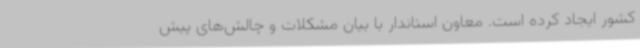
کشور ایجاد کرده است. معاون استاندار با بیان مشکلات و چالش‌های پیش